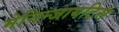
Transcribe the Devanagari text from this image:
मेनिन्जायटिस